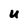
Character: U